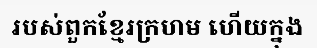
របស់ពួកខ្មែរក្រហម ហើយក្នុង